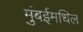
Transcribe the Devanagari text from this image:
मुंबईमधिल